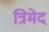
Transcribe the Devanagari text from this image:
त्रिमेद